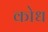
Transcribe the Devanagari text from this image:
कोध